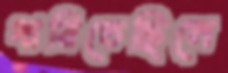
ধারিতেছিলে